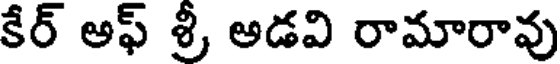
కేర్ అఫ్ శ్రీ అడవి రామారావు